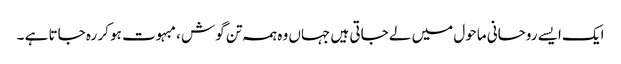
ایک ایسے روحانی ماحول میں لے جاتی ہیں جہاں وہ ہمہ تن گوش ، مبہوت ہو کر رہ جاتا ہے ۔